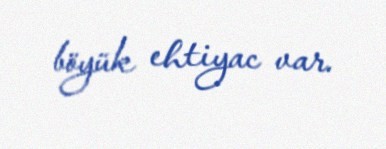
böyük ehtiyac var.